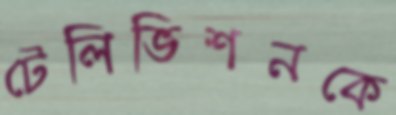
টেলিভিশনকে